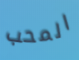
المحب